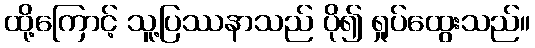
ထို့ကြောင့် သူ့ပြဿနာသည် ပို၍ ရှုပ်ထွေးသည်။